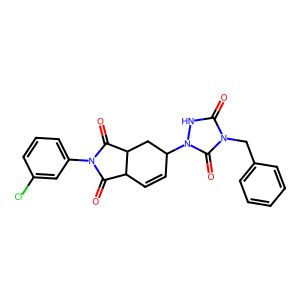
SMILES: O=C1C2C=CC(n3[nH]c(=O)n(Cc4ccccc4)c3=O)CC2C(=O)N1c1cccc(Cl)c1
Inhibits HIV replication: No